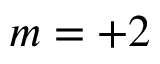
m = + 2